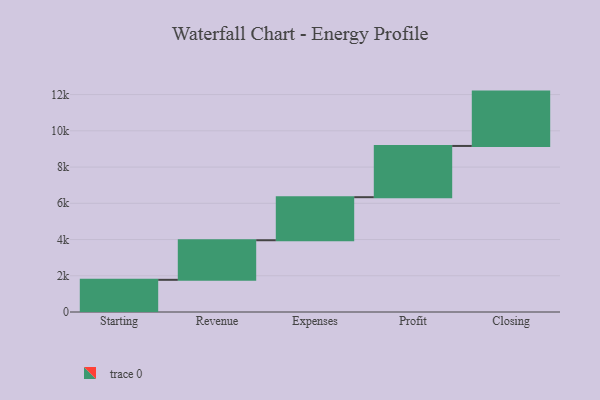
{"axis": {"x": "Step", "y": "Value"}, "legend": [""], "data": [{"x": "Starting", "y": 1776.0, "type": ""}, {"x": "Revenue", "y": 2185.0, "type": ""}, {"x": "Expenses", "y": 2376.0, "type": ""}, {"x": "Profit", "y": 2828.0, "type": ""}, {"x": "Closing", "y": 3000, "type": ""}]}